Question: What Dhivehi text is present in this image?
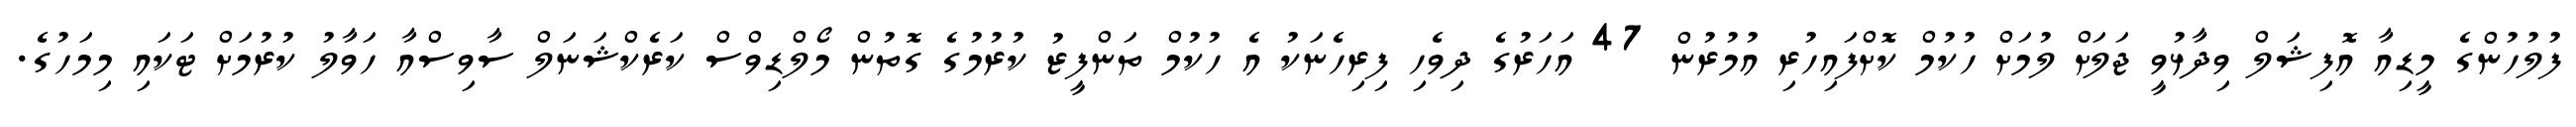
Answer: ފުލުހުންގެ މީޑިއާ އޮފިޝަލް ވިދާޅުވީ ޖަލަށް ލުމަށް ހުކުމް ކޮށްފައިހުރި އުމުރުން 47 އަހަރުގެ ދިވެހި ފިރިހެނަކު އެ ހުކުމް ތަންފީޒު ކުރުމުގެ ގޮތުން މޯލްޑިވްސް ކަރެކްޝަނަލް ސާވިސްއާ ހަވާލު ކުރުމަށް ޓަކައި މިމަހުގެ.